Bombay plague: being a history of the progress of plague in the Bombay presidency from September 1896 to June 1899
Year: 1896
Disease focus: Plague
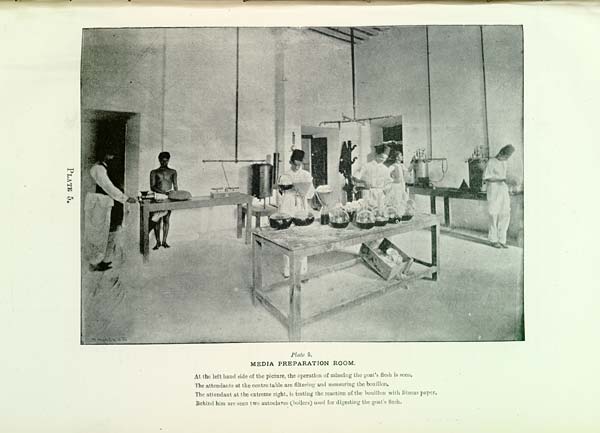
PLATE 5.
Plate 5.
MEDIA PREPARATION ROOM.
At the left hand side of the picture, the operation of mincing the goat's flesh is seen.
The attendants at the centre table are filtering and measuring the bouillon.
The attendant at the extreme right, is testing the reaction of the bouillon with litmus paper.
Behind him are seen two autoclaves (boilers) used for digesting the goat's flesh.